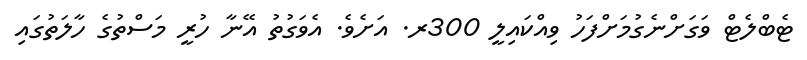
ޓެބްލެޓް ވަގަށްނެގުމަށްފަހު ވިއްކައިލީ 300ރ. އަށެވެ. އެވަގުތު އޭނާ ހުރީ މަސްތުގެ ހާލަތުގައި